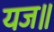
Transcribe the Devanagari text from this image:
यज॥